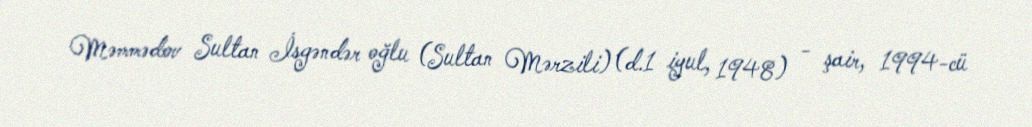
Məmmədov Sultan İsgəndər oğlu (Sultan Mərzili) (d.1 iyul, 1948) - şair, 1994-cü